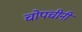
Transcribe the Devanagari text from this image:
चोपचीनी